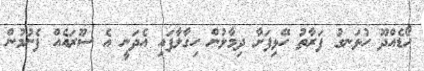
ހޯޑެއްދޫ ހުޅަނގު ފަރާތު ހޭޅިފަށާ ދިމާލުން ހިގާލާފައި އެދަނީ އެ ސޫރައެއް ފެނުމުން